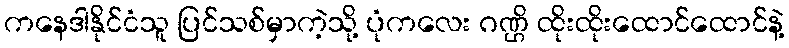
ကနေဒါနိုင်ငံသူ ပြင်သစ်မှာကဲ့သို့ ပုံကလေး ဂဏ္ဌိ ထိုးထိုးထောင်ထောင်နဲ့